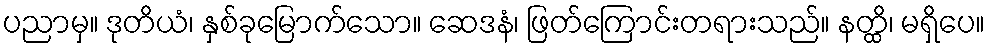
ပညာမှ။ ဒုတိယံ၊ နှစ်ခုမြောက်သော။ ဆေဒနံ၊ ဖြတ်ကြောင်းတရားသည်။ နတ္ထိ၊ မရှိပေ။